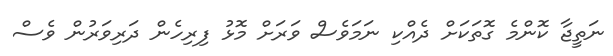
ނަތީޖާ ކޮންމެ ގޮތަކަށް ދެއްކި ނަމަވެސް ވަރަށް މޮޅު ފިރިހެން ދަރިވަރުން ވެސް